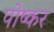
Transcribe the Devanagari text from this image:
पोष्कर